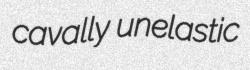
cavally unelastic